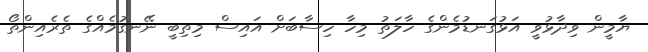
ޔާމީން ވިދާޅުވީ އަޅުގަނޑުމެންގެ ހާލަތު މިހާ ހިސާބަށް އައިސް މިތިބީ ނޭނގުމެއްގެ ތެރެއިންތޯ